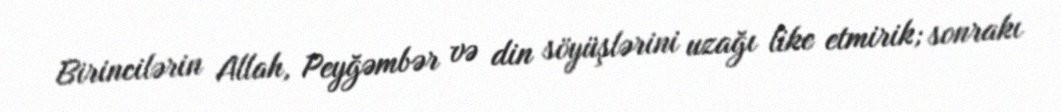
Birincilərin Allah, Peyğəmbər və din söyüşlərini uzağı like etmirik; sonrakı